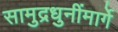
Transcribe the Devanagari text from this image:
सामुद्रधुनींमार्गे